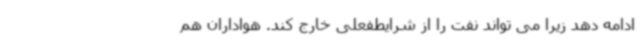
ادامه دهد زیرا می تواند نفت را از شرایطفعلی خارج کند. هواداران هم